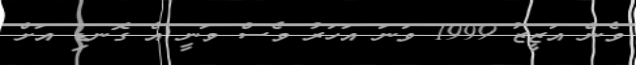
ވެން އަޒީޒު 1999 ވަނަ އަހަރު ވެސް ވަނީ އެ ގޮނޑި އަށް